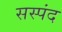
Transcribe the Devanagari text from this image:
सस्पंद